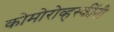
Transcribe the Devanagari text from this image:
कोमोरोव्हस्कींनी